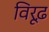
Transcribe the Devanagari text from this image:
विरूढ़